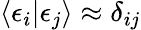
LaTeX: \langle\epsilon_{i}|\epsilon_{j}\rangle\approx\delta_{ij}